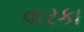
વારકા